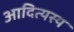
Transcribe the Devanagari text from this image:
आदित्यस्य